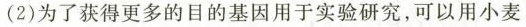
(2)为了获得更多的目的基因用于实验研究，可以用小麦